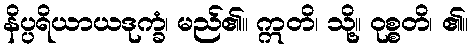
နိပ္ပရိယာယဒုက္ခံ၊ မည်၏။ ဣတိ၊ သို့။ ဝုစ္စတိ၊ ၏။